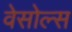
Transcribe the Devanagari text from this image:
वेसोल्स